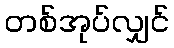
တစ်အုပ်လျှင်